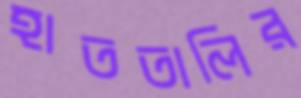
হাততালির